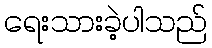
ရေးသားခဲ့ပါသည်